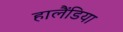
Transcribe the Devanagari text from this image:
हालैंडिया